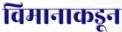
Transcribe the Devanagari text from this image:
विमानाकडून